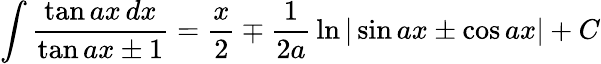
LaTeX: \int{\frac{\tan ax\, dx}{\tan ax\pm 1}}={\frac{x}{2}}\mp{\frac{1}{2a}}\ln|\sin ax\pm\cos ax|+C